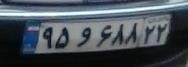
۹۵و۶۸۸۲۲